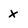
Character: x